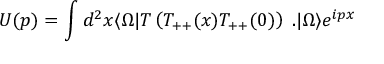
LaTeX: U ( p ) = \int d ^ { 2 } x \langle \Omega | T \left( T _ { + + } ( x ) T _ { + + } ( 0 ) \right) \; . | \Omega \rangle e ^ { i p x }